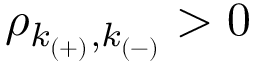
\rho _ { k _ { ( + ) } , k _ { ( - ) } } > 0